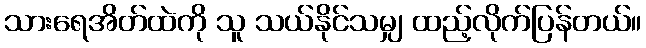
သားရေအိတ်ထဲကို သူ သယ်နိုင်သမျှ ထည့်လိုက်ပြန်တယ်။